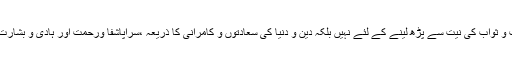
یہ محض تلاوت و ثواب کی نیت سے پڑھ لینے کے لئے نہیں بلکہ دین و دنیا کی سعادتوں و کامرانی کا ذریعہ ،سراپاشفا ورحمت اور ہادی و بشارت دینے والا ہے۔